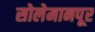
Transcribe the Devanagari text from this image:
सोलेमानपूर